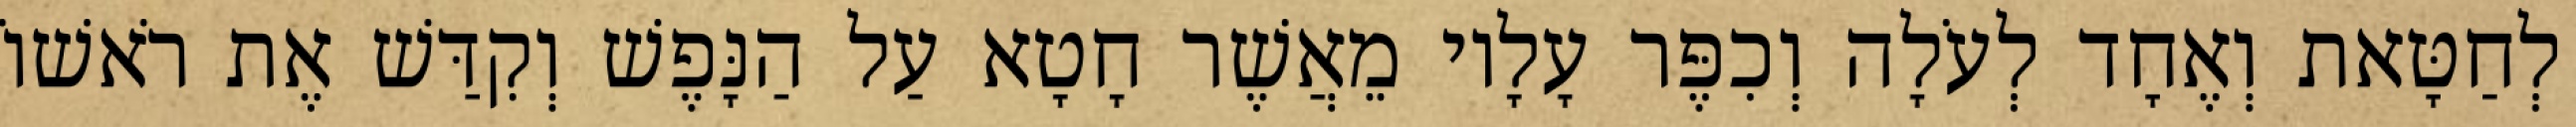
לְחַטָּאת וְאֶחָד לְעֹלָה וְכִפֶּר עָלָיו מֵאֲשֶׁר חָטָא עַל הַנָּפֶשׁ וְקִדַּשׁ אֶת רֹאשׁוֹ